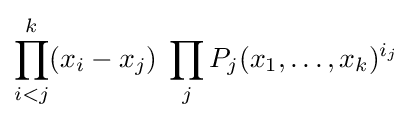
\prod _{i<j}^{k}(x_{i}-x_{j})\;\prod _{j}P_{j}(x_{1},\dots ,x_{k})^{i_{j}}